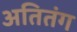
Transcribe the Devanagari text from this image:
अतितंग